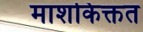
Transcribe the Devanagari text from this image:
माशकिक्तत